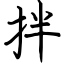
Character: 拌